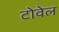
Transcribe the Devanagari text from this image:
टोवेल